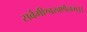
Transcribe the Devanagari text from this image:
सर्वमीश्वरवर्णनम्।।